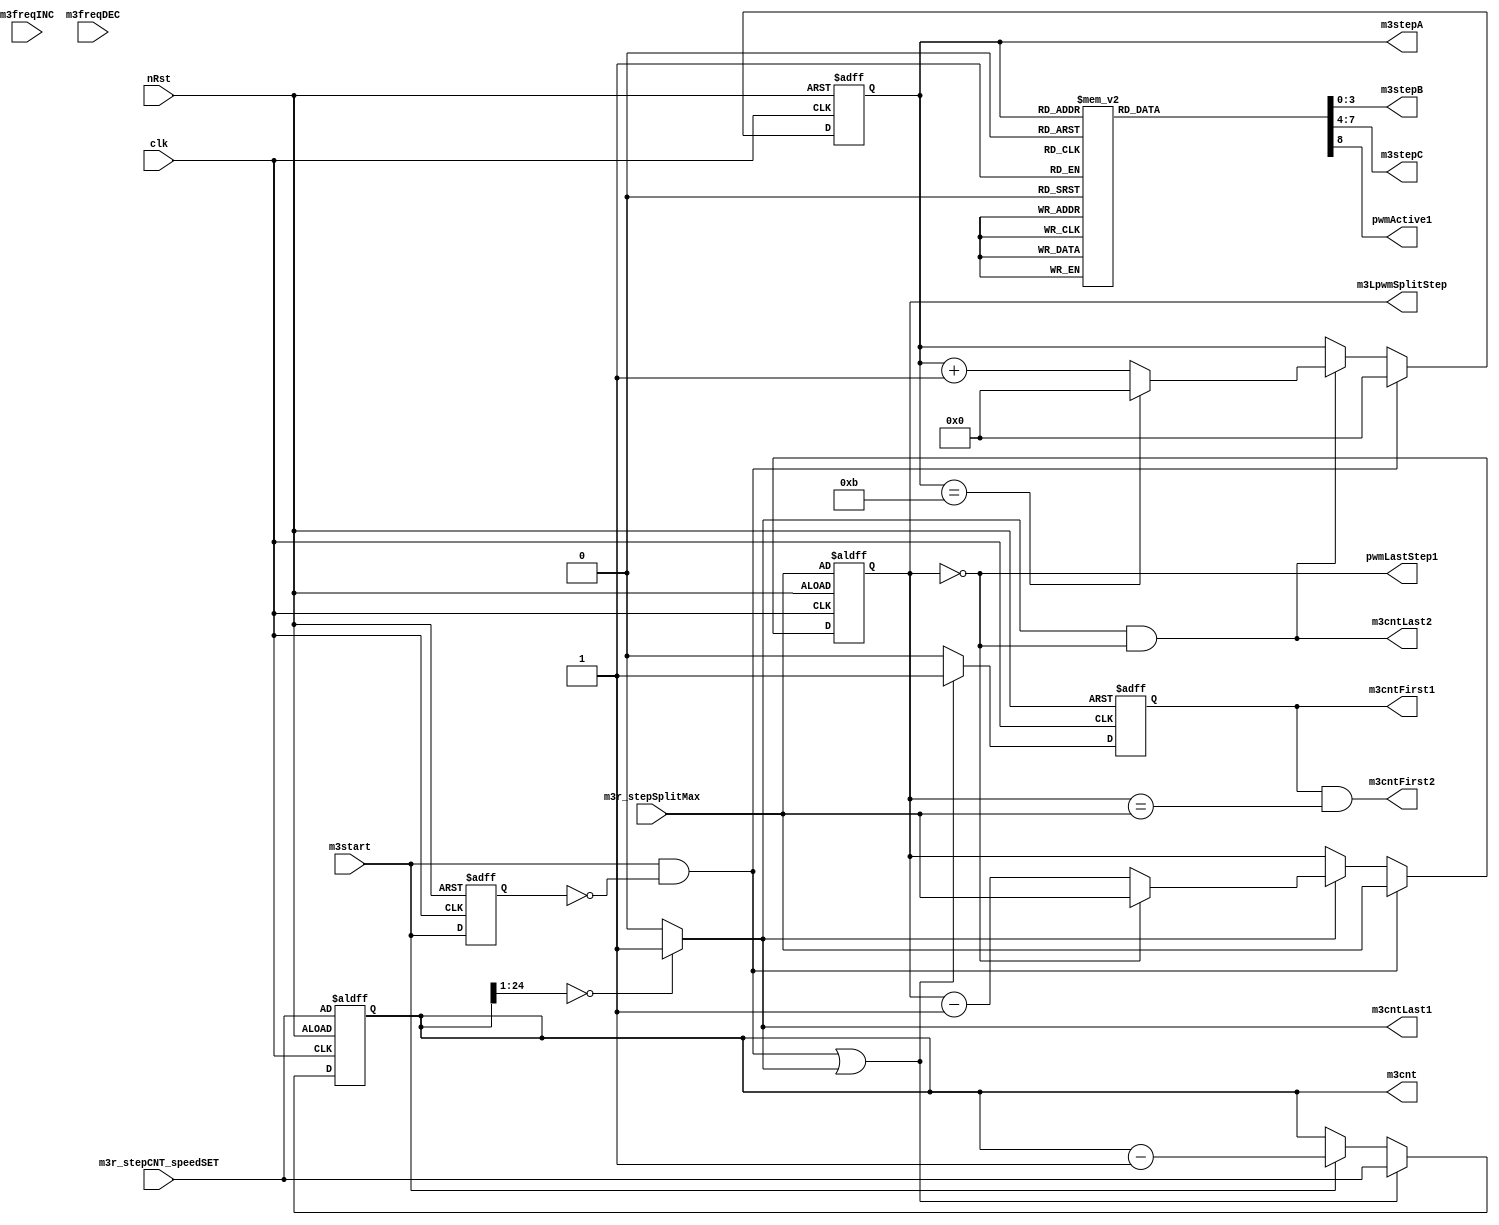
module motoro3_step_generator(

    pwmLastStep1                ,
    m3LpwmSplitStep             ,
    m3r_stepSplitMax            ,

    m3stepA                     ,
    m3stepB                     ,
    m3stepC                     ,
    m3cnt                       ,

    m3start                     ,
    m3freqINC                   ,
    m3freqDEC                   ,

    m3cntLast1                  ,
    m3cntLast2                  ,
    m3cntFirst1                 ,
    m3cntFirst2                 ,
    pwmActive1                  ,

    m3r_stepCNT_speedSET        ,

    nRst                        ,
    clk
);


// 0: idle
// 1,2,3,4,5,6:nomal
// 7:force stop
output  wire                pwmLastStep1            ;
output  reg     [1:0]       m3LpwmSplitStep         ;
input   wire    [1:0]       m3r_stepSplitMax        ;

output  reg     [3:0]       m3stepA                 ;
output  reg     [3:0]       m3stepB                 ;
output  reg     [3:0]       m3stepC                 ;
output  reg     [24:0]      m3cnt                   ;
output  wire                m3cntLast1              ;
output  wire                m3cntLast2              ;
output  reg                 m3cntFirst1             ;
output  wire                m3cntFirst2             ;
output  reg                 pwmActive1              ;
input   wire    [24:0]      m3r_stepCNT_speedSET    ;

input   wire                m3start;
input   wire                m3freqINC;
input   wire                m3freqDEC;


input   wire                clk;			// 10MHz
input   wire                nRst;

reg                         m3start_clked1;
wire                        m3start_up1;

reg             [64:0]      roundCNT                ;

assign  m3cntLast1  = ( m3cnt[24:1] == 24'd0 )? 1'd1:1'd0 ;
assign  m3cntLast2  = m3cntLast1 && pwmLastStep1 ;
assign  pwmLastStep1    = ( m3LpwmSplitStep == 2'd0 );

assign  m3cntFirst2 = m3cntFirst1 && (m3LpwmSplitStep == m3r_stepSplitMax );


assign  m3start_up1 = (m3start) && (~m3start_clked1) ;
always @ (negedge clk or negedge nRst) begin
    if(!nRst) begin
        m3start_clked1      <= 0 ;
    end
    else begin
        m3start_clked1      <= m3start      ;
    end
end

always @ (negedge clk or negedge nRst) begin
    if(!nRst) begin
        m3cnt               <= m3r_stepCNT_speedSET             ;
        m3cntFirst1         <= 1'b0                             ;
    end
    else begin
        m3cntFirst1         <= 1'b0                             ;
        if ( m3start_up1 == 1 || m3cntLast1 == 1) begin
            m3cnt           <= m3r_stepCNT_speedSET             ;
            m3cntFirst1     <= 1'b1                             ;
        end
        else begin
            if ( m3start == 1 ) begin
                m3cnt       <= m3cnt - 25'd1                    ;
            end
        end
    end
end

always @ (negedge clk or negedge nRst) begin
    if(!nRst) begin
        m3LpwmSplitStep                 <= m3r_stepSplitMax ;
    end
    else begin
        //m3LpwmSplitStep                 <= m3LpwmSplitStep  ;
        if ( m3start_up1 == 1 ) begin
            m3LpwmSplitStep             <= m3r_stepSplitMax ;
        end
        else begin
            if ( m3cntLast1 == 1'd1 ) begin
                if ( pwmLastStep1 ) begin
                    m3LpwmSplitStep     <= m3r_stepSplitMax ;
                end
                else begin
                    m3LpwmSplitStep     <= m3LpwmSplitStep - 2'd1 ;
                end
            end
        end
    end
end

always @ (negedge clk or negedge nRst) begin
    if(!nRst) begin
        m3stepA                         <= 4'hF             ;
    end
    else begin
        if ( m3start_up1 == 1 ) begin
            m3stepA                     <= 4'd0             ;
        end
        else begin
            if ( m3cntLast1 == 1'd1 && pwmLastStep1 ) begin
                if ( m3stepA== 4'd11 ) begin
                    m3stepA             <= 4'd0             ;
                end
                else begin
                    m3stepA             <= m3stepA+ 4'd1    ;
                end
            end
        end
    end
end

always @ (negedge clk or negedge nRst) begin
    if(!nRst) begin
        roundCNT            <= 48'd0 ;
    end
    else begin
        if ( m3start ) begin
            if ( m3stepA== 4'd12 && m3cntLast1 == 1'd1 ) begin
                roundCNT    <= roundCNT + 48'd1 ;
            end
        end
        else begin
            roundCNT        <= 48'd0 ;
        end
    end
end

always @( m3stepA ) begin
    case ( m3stepA )
        4'd0    :   begin   m3stepB = 4'd8  ;   m3stepC = 4'd4  ;   pwmActive1 = 1'b1 ; end
        4'd1    :   begin   m3stepB = 4'd9  ;   m3stepC = 4'd5  ;   pwmActive1 = 1'b1 ; end
        4'd2    :   begin   m3stepB = 4'd10 ;   m3stepC = 4'd6  ;   pwmActive1 = 1'b1 ; end
        4'd3    :   begin   m3stepB = 4'd11 ;   m3stepC = 4'd7  ;   pwmActive1 = 1'b1 ; end

        4'd4    :   begin   m3stepB = 4'd0  ;   m3stepC = 4'd8  ;   pwmActive1 = 1'b1 ; end
        4'd5    :   begin   m3stepB = 4'd1  ;   m3stepC = 4'd9  ;   pwmActive1 = 1'b1 ; end
        4'd6    :   begin   m3stepB = 4'd2  ;   m3stepC = 4'd10 ;   pwmActive1 = 1'b1 ; end
        4'd7    :   begin   m3stepB = 4'd3  ;   m3stepC = 4'd11 ;   pwmActive1 = 1'b1 ; end

        4'd8    :   begin   m3stepB = 4'd4  ;   m3stepC = 4'd0  ;   pwmActive1 = 1'b1 ; end
        4'd9    :   begin   m3stepB = 4'd5  ;   m3stepC = 4'd1  ;   pwmActive1 = 1'b1 ; end
        4'd10   :   begin   m3stepB = 4'd6  ;   m3stepC = 4'd2  ;   pwmActive1 = 1'b1 ; end
        4'd11   :   begin   m3stepB = 4'd7  ;   m3stepC = 4'd3  ;   pwmActive1 = 1'b1 ; end

        default :   begin   m3stepB = 4'hE  ;   m3stepC = 4'hE  ;   pwmActive1 = 1'b0 ; end
    endcase

end

endmodule